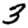
Digit: 3